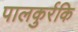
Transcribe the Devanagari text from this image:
पालकुर्रकि